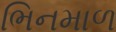
ભિનમાળ